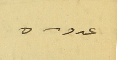
عدد - ٥